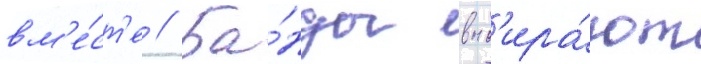
вм'е́ст'е // Ба́нды выб'ира́ют